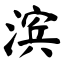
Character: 滨